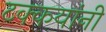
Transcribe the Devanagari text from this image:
टक्कयांनी